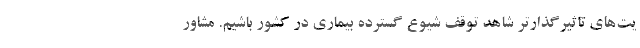
یت‌های تاثیرگذارتر شاهد توقف شیوع گسترده بیماری در کشور باشیم. مشاور